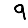
Digit: 9